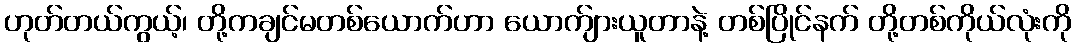
ဟုတ်တယ်ကွယ့်၊ တို့ကချင်မတစ်ယောက်ဟာ ယောက်ျားယူတာနဲ့ တစ်ပြိုင်နက် တို့တစ်ကိုယ်လုံးကို